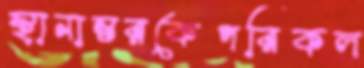
স্থানান্তরকেপরিকল